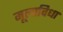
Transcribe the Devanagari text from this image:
मूलाविधा